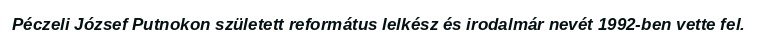
Péczeli József Putnokon született református lelkész és irodalmár nevét 1992-ben vette fel.